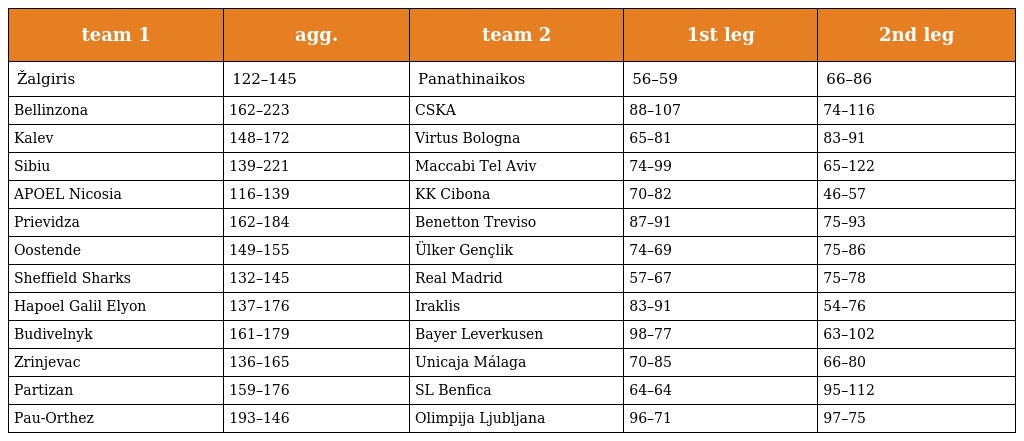
| team 1 | agg. | team 2 | 1st leg | 2nd leg |
 | --- | --- | --- | --- | --- |
 | Žalgiris | 122–145 | Panathinaikos | 56–59 | 66–86 |
 | Bellinzona | 162–223 | CSKA | 88–107 | 74–116 |
 | Kalev | 148–172 | Virtus Bologna | 65–81 | 83–91 |
 | Sibiu | 139–221 | Maccabi Tel Aviv | 74–99 | 65–122 |
 | APOEL Nicosia | 116–139 | KK Cibona | 70–82 | 46–57 |
 | Prievidza | 162–184 | Benetton Treviso | 87–91 | 75–93 |
 | Oostende | 149–155 | Ülker Gençlik | 74–69 | 75–86 |
 | Sheffield Sharks | 132–145 | Real Madrid | 57–67 | 75–78 |
 | Hapoel Galil Elyon | 137–176 | Iraklis | 83–91 | 54–76 |
 | Budivelnyk | 161–179 | Bayer Leverkusen | 98–77 | 63–102 |
 | Zrinjevac | 136–165 | Unicaja Málaga | 70–85 | 66–80 |
 | Partizan | 159–176 | SL Benfica | 64–64 | 95–112 |
 | Pau-Orthez | 193–146 | Olimpija Ljubljana | 96–71 | 97–75 |